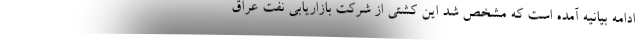
ادامه بیانیه آمده است که مشخص شد این کشتی از شرکت بازاریابی نفت عراق